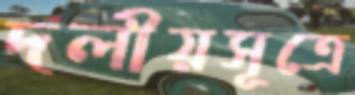
দলীয়সূত্রে